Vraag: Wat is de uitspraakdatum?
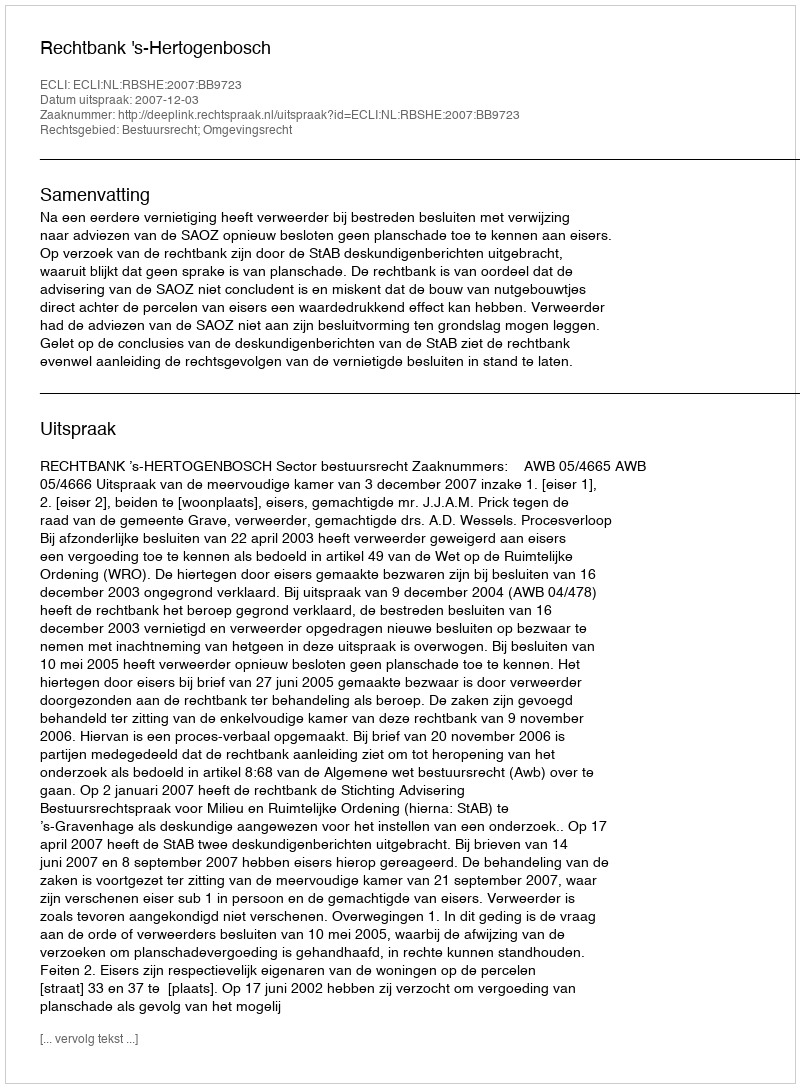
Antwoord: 2007-12-03